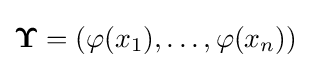
{\boldsymbol {\Upsilon }}=\left(\varphi (x_{1}),\ldots ,\varphi (x_{n})\right)